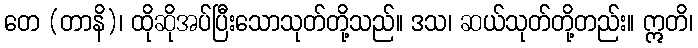
တေ (တာနိ)၊ ထိုဆိုအပ်ပြီးသောသုတ်တို့သည်။ ဒသ၊ ဆယ်သုတ်တို့တည်း။ ဣတိ၊